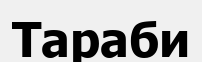
Тараби